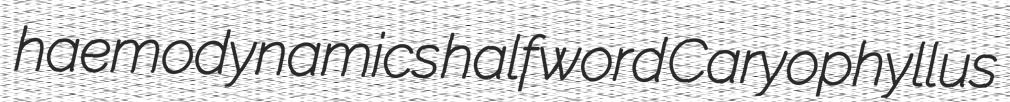
haemodynamics halfword Caryophyllus